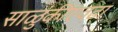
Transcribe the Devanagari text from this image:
साळुंकीएवढा